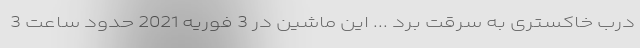
درب خاکستری به سرقت برد ... این ماشین در 3 فوریه 2021 حدود ساعت 3